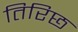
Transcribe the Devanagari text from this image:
तिरिछ